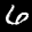
Label: 6